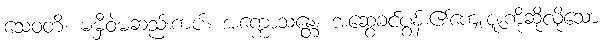
သေဝတိ၊ မမှီဝဲမဆည်းကပ်။ အက္ကောသန္တေ၊ အဆွေခင်ပွန်း၏ကျေးဇူးကိုဆိုလိုသော